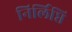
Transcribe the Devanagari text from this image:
निर्लिप्ति